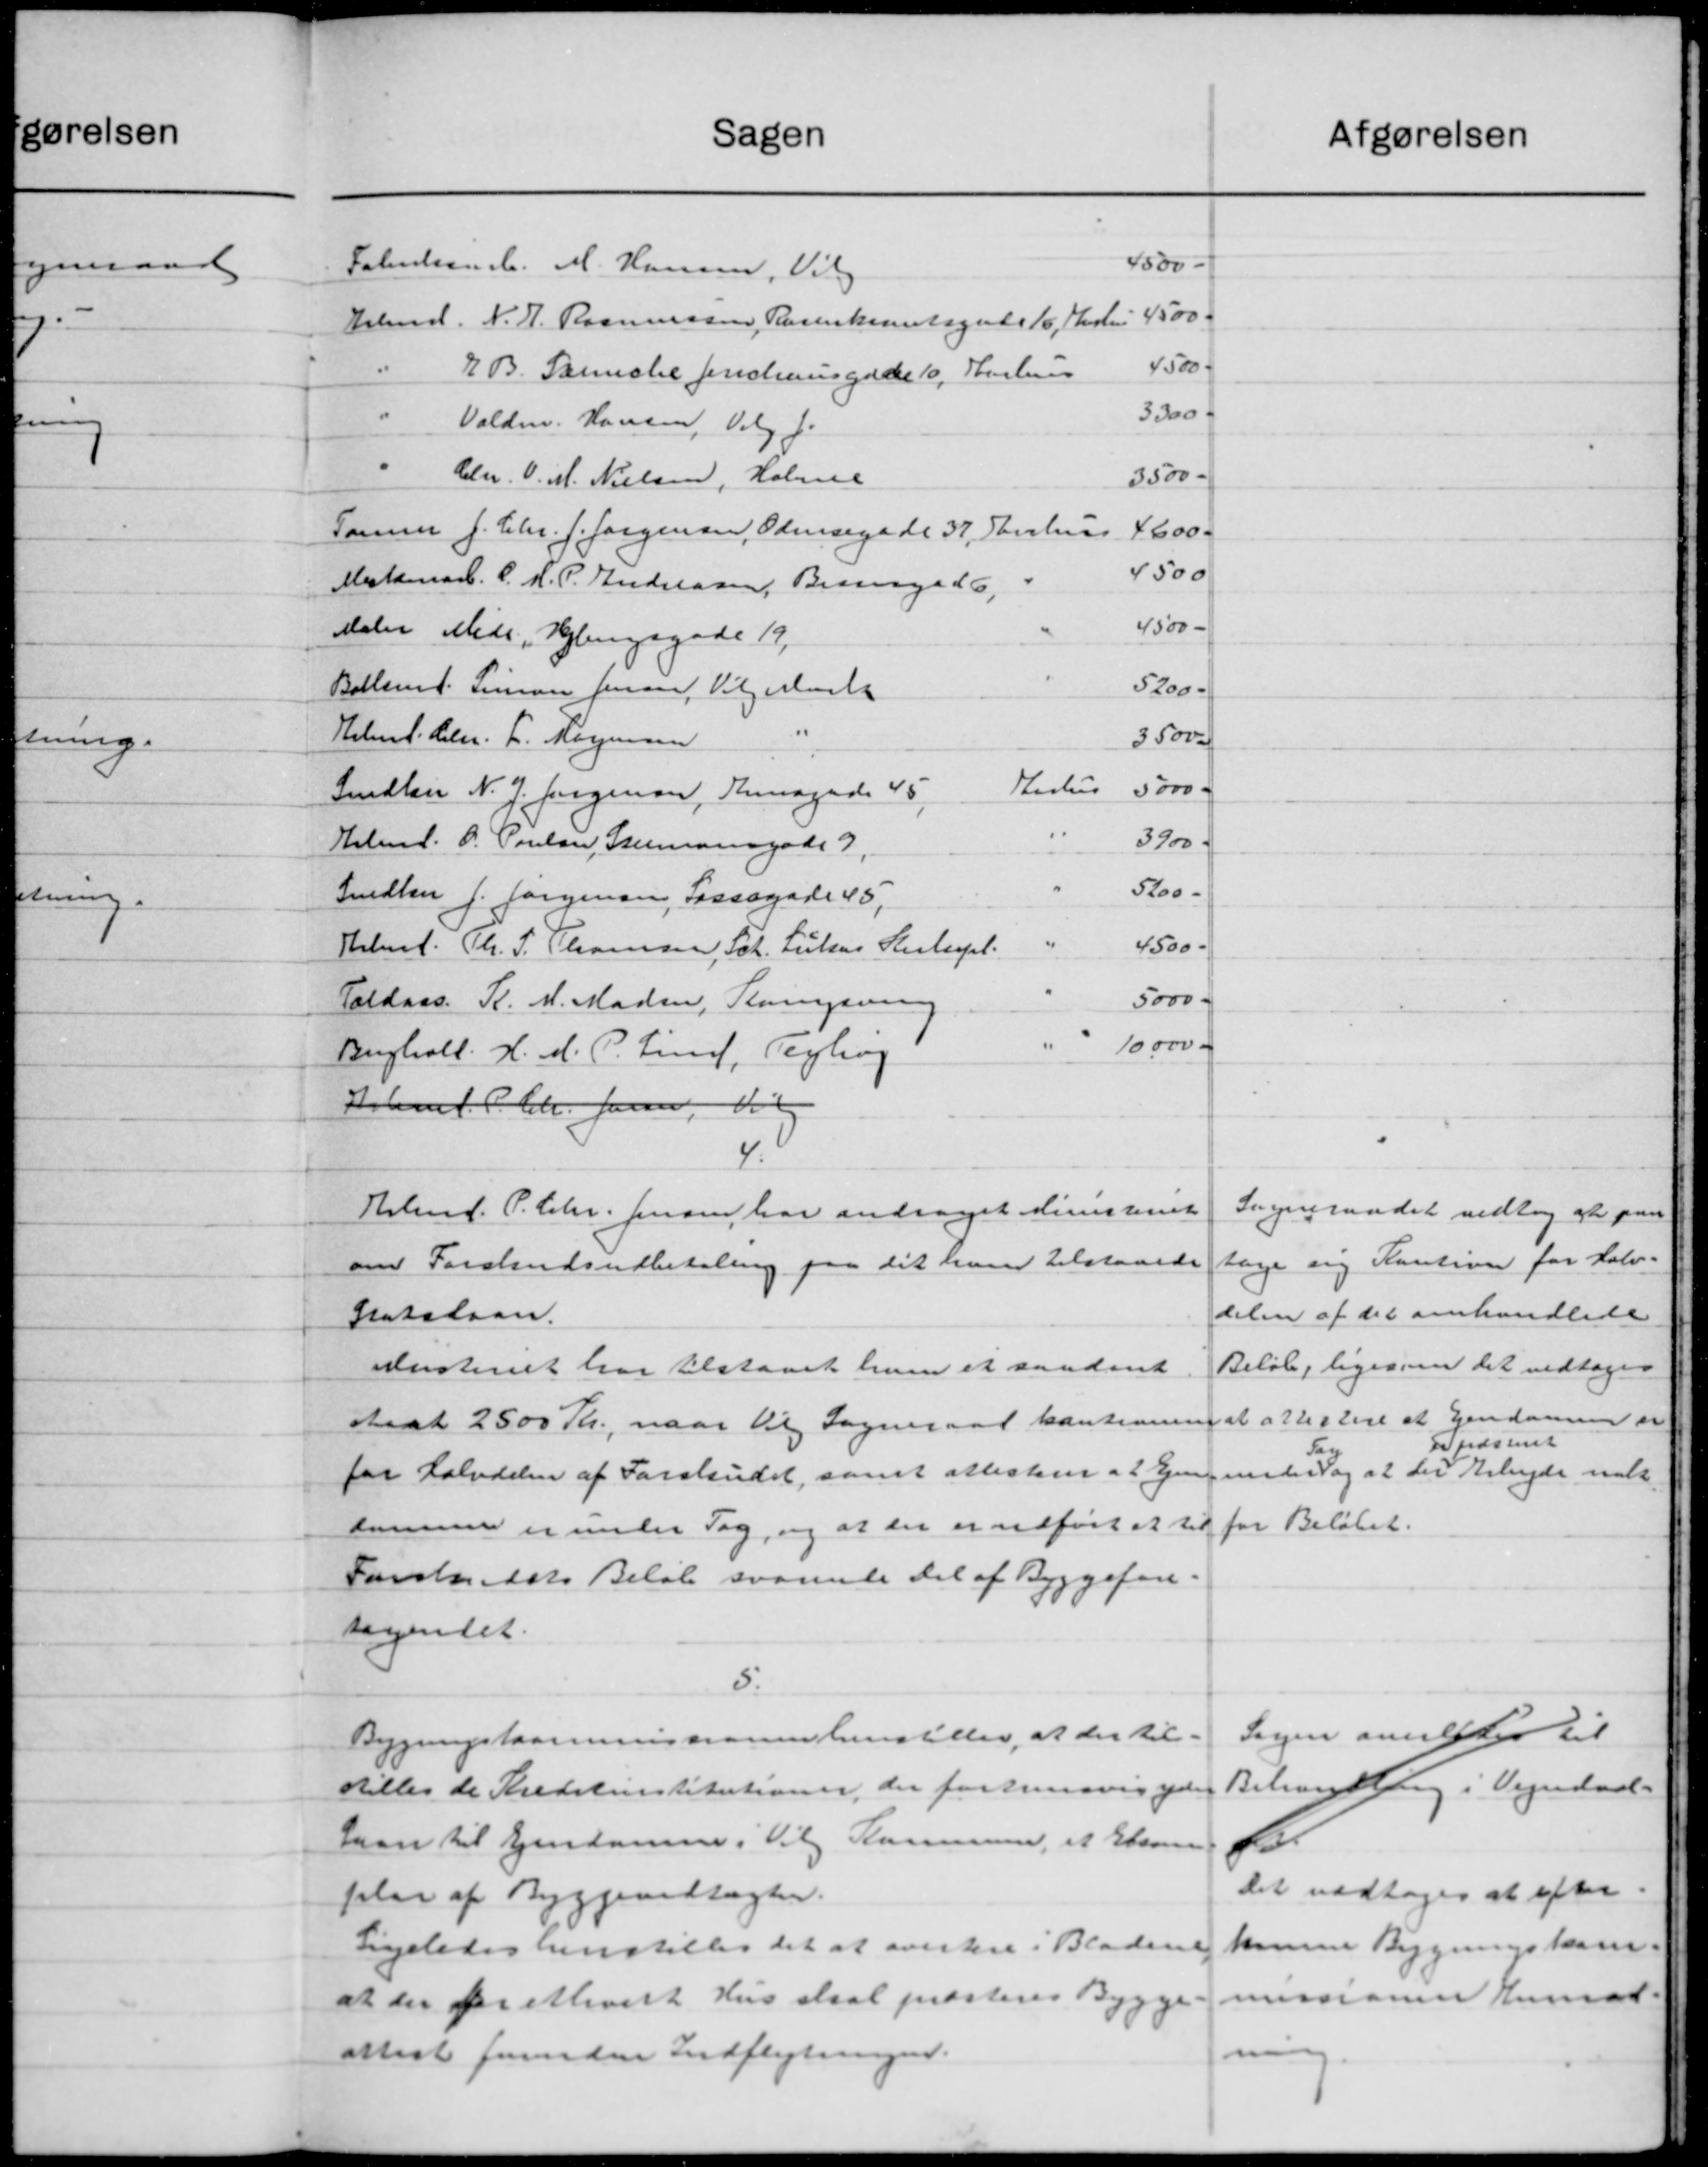
Transskription:
Sagen
afgørelsen
4500 -
Fabrielsen. M. Hansen, Vilg
4500
Arbmd. N. K. Rasmussen, Rosenkamtsgade 16, Thostru
4500
J. B. Sanniche Jenchensgade 10, Aarhus
3300 -
"
Valdm. Hansen, Valg J.
"
3500 -
Chr. O. M. Nielsen, Holme
Tammer J. Chr. J. Jørgensen, Odensegade 37, Stribus
4600-
4500
Mestemar C. H. P. Andreasen, Bennaga d 6,
4500 -
Maler Møde, Helingsgade 19,
5200-
Bellemt. Simon Jensen, Vigerbusk
Helms. Chr. L. Morgensen
35000
Karhus
5000 K
Sedlem N. J. Jørgensen, Smagade 45,
3900
Kbmd. O. Poulsen, Stermansgade 9,
5200 -
Snedker J. Jørgensen, Forsøgade 45,
4500 -
Helms. Th. S. Thomsen, Sch. Lukas Saustupl.
5000 -
Taldaas. K. M. Madsen, Slamgaaen
10.000 a
Byghold. H. M. P. Lind, Tegling
Arbmd. P. Chr. Jane, Kl
4.
Sogneraadet vedtog at paa
Helmd. P. Chr. Jensen, har andraget ministeriet
tage sig Kaution for Halv-
om Forslandsudbetaling paa det han tilstaaede
delsen af det omhandlede
Statslaan.
Beløb, ligesom det vedtoges
Anisteriet har tilstaaet ham et saadant
at attestere et Ejendommer er
Aaat 2500 Kr., naar til Sogneraad kautionen
Spræsenet
Sag
for Halvdelen af Forskudet, samt attestem a 2 Ejengunderdog at der Arbejde mælk
for Beløbet.
sammer er under Sag, og at de er udført at til
Forskendets Beløb svarende Del af Byggefon-
sagendet.
5.
Sagen anerettes til
Bygningskommissionen henstiller, at der til-
Behandling i Vejendod-
tilles de Kreditinstitutioner, der forhindvig yde
1
Laan til Ejendomme i Vil Kommune, et Eksem-
Det vedtoges at efter.
plar af Byggevedtægter.
kunne Bygningskom.
Ligeledes henstilles det at overtere i Bladene
missionen hemat
at der for elevist Hus skal præsteres Bygge-
attest foruden Indflytningen.